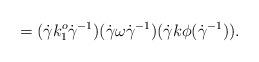
LaTeX: \begin{align*} = (\dot{\gamma} k^o_1 \dot{\gamma}^{-1})(\dot{\gamma}\omega \dot{\gamma}^{-1}) (\dot{\gamma} k \phi({\dot\gamma}^{-1})). \end{align*}